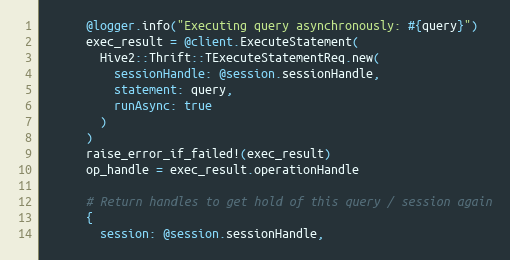
Language: Ruby
      @logger.info("Executing query asynchronously: #{query}")
      exec_result = @client.ExecuteStatement(
        Hive2::Thrift::TExecuteStatementReq.new(
          sessionHandle: @session.sessionHandle,
          statement: query,
          runAsync: true
        )
      )
      raise_error_if_failed!(exec_result)
      op_handle = exec_result.operationHandle

      # Return handles to get hold of this query / session again
      {
        session: @session.sessionHandle,